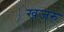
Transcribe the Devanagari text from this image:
खजरु